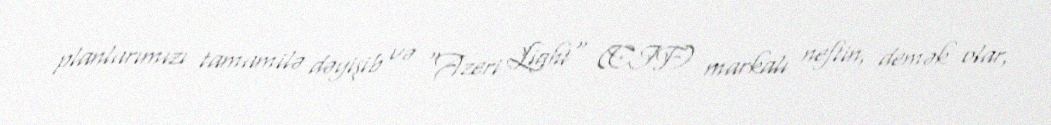
planlarımızı tamamilə dəyişib və "Azeri Light" (CIF) markalı neftin, demək olar,